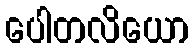
ပေါတလိယော